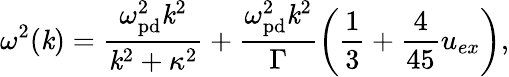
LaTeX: \omega^{2}(\mathit{k})=\frac{{\omega_{\mathrm{{pd}}}^{2}\mathit{k}^{\mathrm{{2}}}}}{{\mathit{k}^{\mathrm{{2}}}+\kappa^{\mathrm{{2}}}}}+\frac{{\omega_{\mathrm{{pd}}}^{2}\mathit{k}^{2}}}{{\Gamma}}\left(\frac{{1}}{{3}}+\frac{{4}}{{45}}u_{ex}\right),